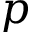
p